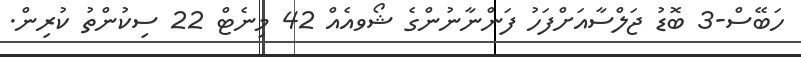
ހަބޭސް-3 ބޮޑު ޖަލްސާއަށްފަހު ފަންނާނުންގެ ޝޯވއެއް 42 މިނެޓް 22 ސިކުންތު ކުރިން.